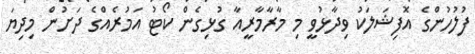
ފުލުހުންގެ އޮފިޝަލަކު ވިދާޅުވީ މި މާރާމާރީއާ ގުޅިގެން ކޯޓު އަމުރެއްގެ ދަށުން މިދިޔަ